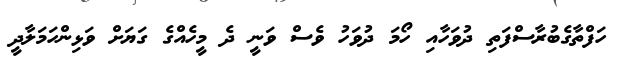
ހަފްތާގެބުރާސްފަތި ދުވަހާއި ހޯމަ ދުވަހު ވެސް ވަނީ ދެ މީހެއްގެ ގަޔަށް ވަޅިންހަމަލާދީ